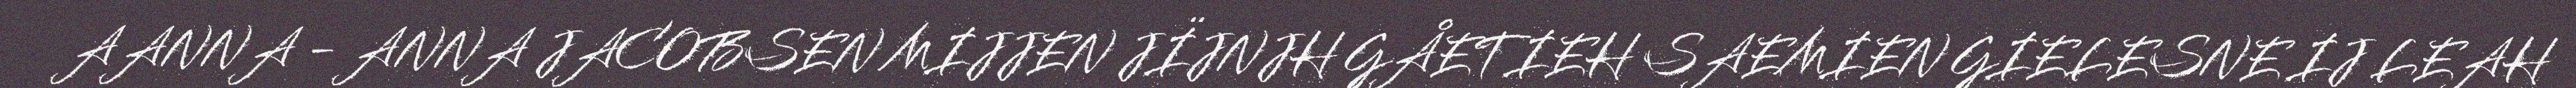
AANNA - ANNA JACOBSEN MIJJEN JÏJNJH GÅETIEH SAEMIEN GIELESNE IJ LEAH